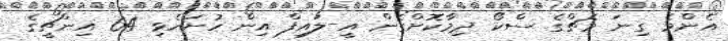
އެންމެ ގިނަ މެޗްގެ ސްކޯ ދިމާކޮށްގެން އީ-ލައިފް އިން ހުށަހެޅި 64 އިންޗީގެ